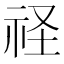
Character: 𮵚